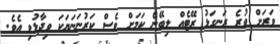
ވަރަށް ވުރެ ރަނގަޅު ރޭޓެއް ލިބޭނެ ކަމަށް ވެސް ކަރުނަނަޔަކަ ވިދާޅުވި އެވެ.